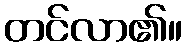
တင်လာ၏။